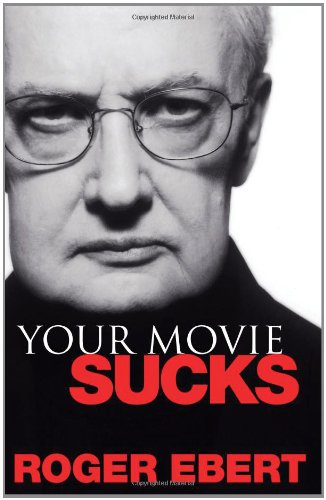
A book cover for Your Movie Sucks; Roger Ebert; Humor & Entertainment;